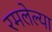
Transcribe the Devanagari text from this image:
रमलेल्या